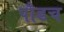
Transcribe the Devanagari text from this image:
पौडच